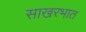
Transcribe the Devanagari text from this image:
साखरभात